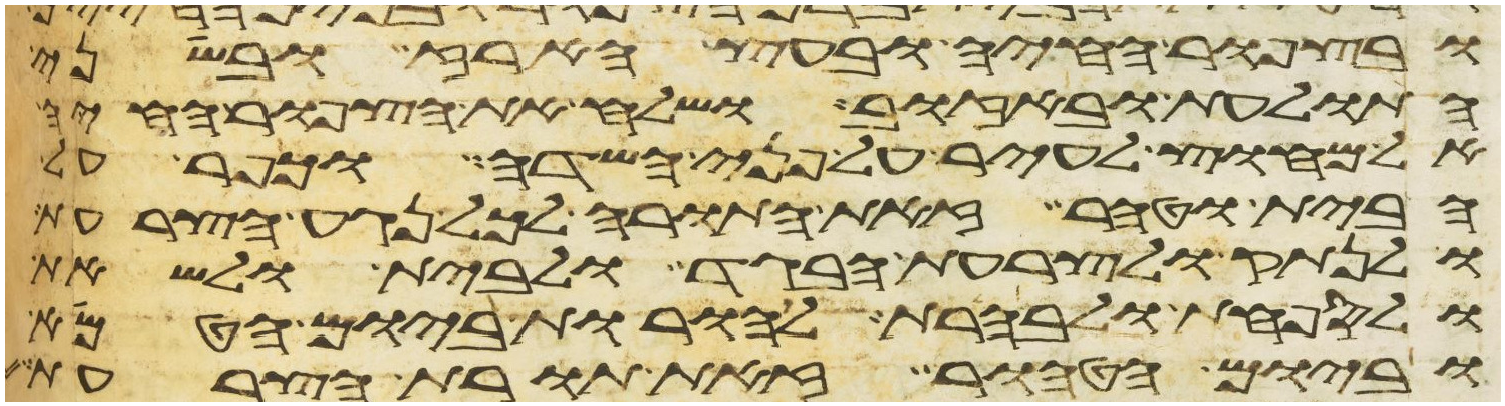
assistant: ובצפור החיה ובעץ הארז ובשני
התולעת ובאזוב ושלח את הצפור החיה
אל מחוץ לעיר על פני השדה וכפר על
הבית וטהר זאת התורה לכל נגע הצרעת
ולנתק ולצרעת הבגד ולבית ולשאת
ולספחת ולבהרת להורות ביום הטמא
וביום הטהור זאת תורת הצרעת